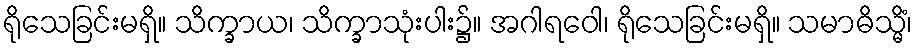
ရိုသေခြင်းမရှိ။ သိက္ခာယ၊ သိက္ခာသုံးပါး၌။ အဂါရဝေါ၊ ရိုသေခြင်းမရှိ။ သမာဓိသ္မိံ၊